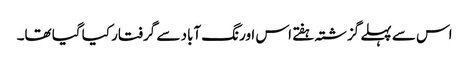
اس سے پہلے گزشتہ ہفتے اس اورنگ آباد سے گرفتار کیا گیا تھا۔